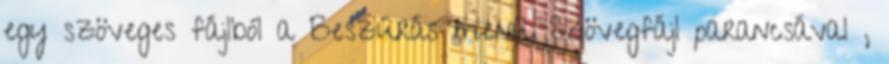
egy szöveges fájlból a Beszúrás menü Szövegfájl parancsával ,